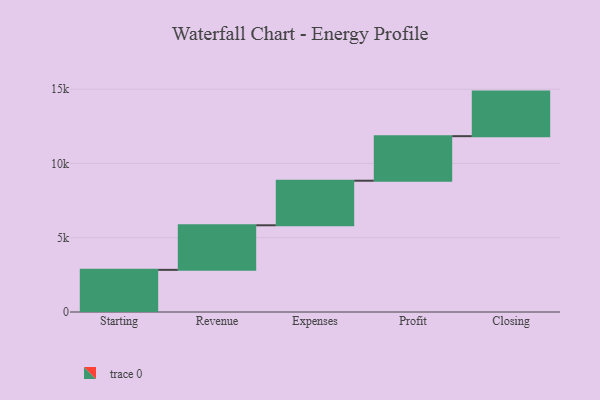
{"axis": {"x": "Step", "y": "Value"}, "legend": [""], "data": [{"x": "Starting", "y": 2838.0, "type": ""}, {"x": "Revenue", "y": 3000, "type": ""}, {"x": "Expenses", "y": 3000, "type": ""}, {"x": "Profit", "y": 3000, "type": ""}, {"x": "Closing", "y": 3000, "type": ""}]}